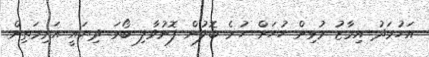
އަހުމަދު އިމާޒު މުޅިން ހުހަށް ހުރެ ބޮލުން ފޮނުވާލި ބޯޅަ ދިޔައީ އަރިމަތިން